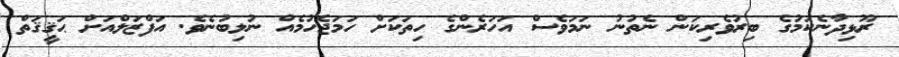
ރޫޅިދާނެކަމުގެ ބިރުވެރިކަން ނެތުނު ނަމަވެސް އަހަރެންގެ ހިތަކަށް ހަމަޖެހުމެއް ނުލިބުނެވެ. އަފްޒަލްއަށް ޙަޤީޤަތް